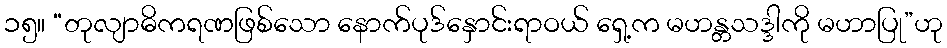
၁၅။ “တုလျာဓိကရဏဖြစ်သော နောက်ပုဒ်နှောင်းရာဝယ် ရှေ့က မဟန္တသဒ္ဒါကို မဟာပြု”ဟု